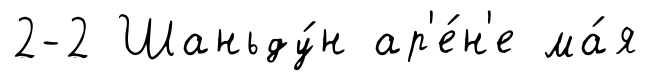
2-2 Шаньду́н ар'е́н'е ма́я